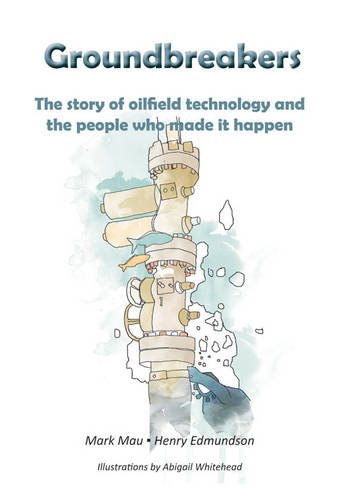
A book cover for Groundbreakers: The Story of Oilfield Technology and the People Who Made it Happen; Mark Mau and Henry Edmundson; Business & Money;